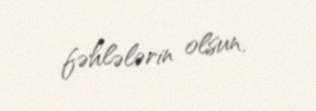
fəhlələrin olsun.